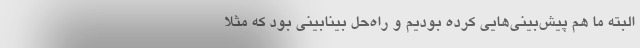
البته ما هم پیش‌بینی‌هایی کرده بودیم و راه‌حل بینابینی بود که مثلا